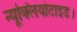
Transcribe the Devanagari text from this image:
न्यूक्लियोटाइड।